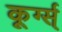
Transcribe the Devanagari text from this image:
कूर्ग्स्